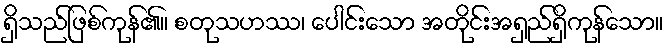
ရှိသည်ဖြစ်ကုန်၏။ စတုသဟဿ၊ ပေါင်းသော အတိုင်းအရှည်ရှိကုန်သော။